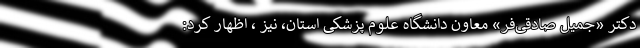
دکتر «جمیل صادقی‌فر» معاون دانشگاه علوم پزشکی استان، نیز ، اظهار کرد: